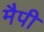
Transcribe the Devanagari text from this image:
मैपी